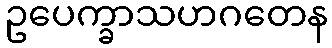
ဥပေက္ခာသဟဂတေန